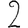
Digit: 2